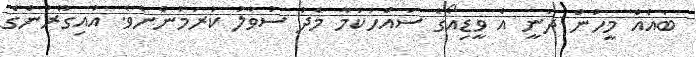
ބައެއް މީހުން ދަނީ އެ ވީޑިއޯގެ ސައްހަކަމާ މެދު ސުވާލު ކުރަމުންނެވެ. އުއިގޫރުންގެ